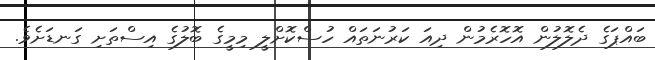
ބައްޕަގެ ދެލޮލުން އޮހޮރެމުން ދިއަ ކަރުނަތައް ހުސްކޮށްލީ މިމީގެ ބޮލުގެ އިސްތަށި ގަނޑަށެވެ.